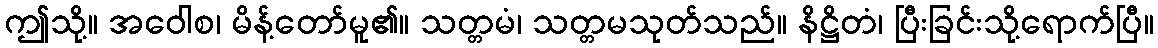
ဤသို့။ အဝေါစ၊ မိန့်တော်မူ၏။ သတ္တမံ၊ သတ္တမသုတ်သည်။ နိဋ္ဌိတံ၊ ပြီးခြင်းသို့ရောက်ပြီ။